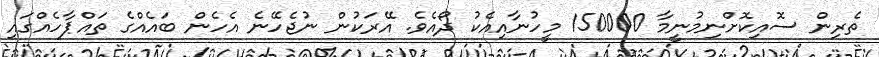
ތެރިން ސޮއިކޮށްނިމުނީމާ 150000 މީހުނާއިއެކު ދޯއެވެ. އޭރަކުން ނުޖެހޭނެ އެހެން ބައެއްގެ ތައްޕާހެއްގައި